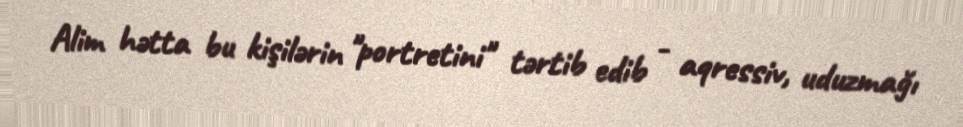
Alim hətta bu kişilərin "portretini" tərtib edib - aqressiv, uduzmağı